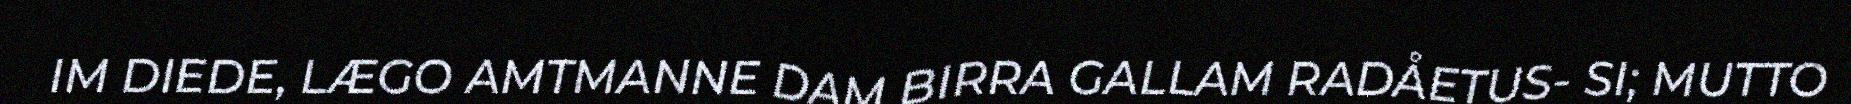
IM DIEDE, LÆGO AMTMANNE DAM BIRRA GALLAM RADÅETUS- SI; MUTTO